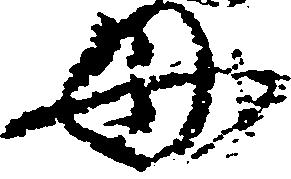
母